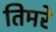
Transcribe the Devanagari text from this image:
तिमरे